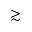
\gtrsim